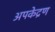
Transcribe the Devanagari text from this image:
अपकेद्रण